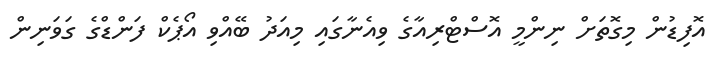
އޮފިޑުން މިގޮތަށް ނިންމީ އޮސްޓްރިއާގެ ވިއެނާގައި މިއަދު ބޭއްވި އޯޕެކް ފަންޑްގެ ގަވަނިން